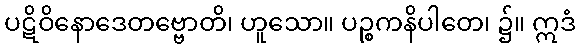
ပဋိဝိနောဒေတဗ္ဗောတိ၊ ဟူသော။ ပဉ္စကနိပါတေ၊ ၌။ ဣဒံ